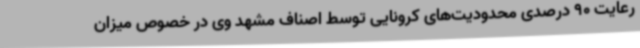
رعایت 90 درصدی محدودیت‌های کرونایی توسط اصناف مشهد وی در خصوص میزان